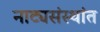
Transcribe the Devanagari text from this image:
नाट्यसंस्थांत